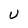
Character: U